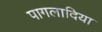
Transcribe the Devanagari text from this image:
पागलादिया